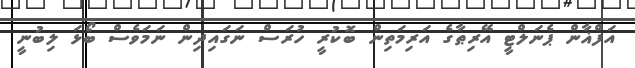
އަފްޣާން ޕެނަލްޓީ އޭރިޠާގެ އަރިމަތިން ބޮކުރީ ހުރަސް ނަގައިދިން ނަމަވެސް ބޯޅަ ލިބުނީ